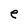
Character: e